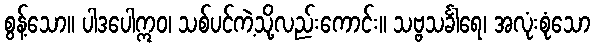
စွန့်သော။ ပါဒပေါဣဝ၊ သစ်ပင်ကဲ့သို့လည်းကောင်း။ သဗ္ဗသင်္ခါရေ၊ အလုံးစုံသော